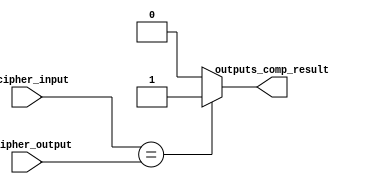
 // Aes_compare_outputs. 
 // Module that compares the input of encipher and the output decipher.
`timescale 1ns/10ps

module aes_compare(encipher_input, decipher_output, outputs_comp_result);

  input [127:0] encipher_input, decipher_output;
  output outputs_comp_result;

  reg outputs_comp_result;
  wire [127:0] encipher_input, decipher_output;

  // Combinational logic that compares the input of encipher and the output decipher. 
  // If the input of encipher is equal to the output of decipher, 
  // outputs_comp_result becomes equal to 1 otherwise it becomes equal to 0.  
  always @(encipher_input or decipher_output)
    begin
      if (encipher_input == decipher_output)
        begin
          outputs_comp_result = 1'b1;
        end
      else 
        begin
          outputs_comp_result = 1'b0;
        end
    end

endmodule